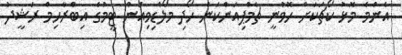
އެންމެ މޮޅު ކޯޗަކަށް ހޮވުނީ ޗެމްޕިއަންކަން ހޯދި މޯލްޑިވިއަން ޓީމުގެ އިބްރާހިމް ރަޝީދު